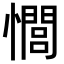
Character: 𢣻